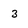
Character: 3